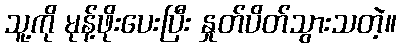
သူ့ကို မုန့်ဖိုးပေးပြီး နှုတ်ပိတ်သွားသတဲ့။